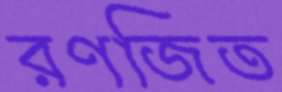
রণজিত